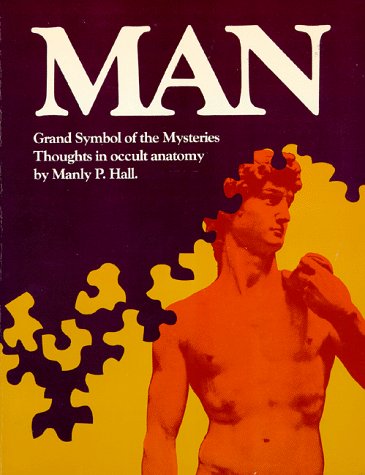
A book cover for Man: Grand Symbol of the Mysteries: Thoughts In Occult Anatomy; Manly P. Hall; Religion & Spirituality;